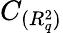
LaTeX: C_{({R_{q}^{2}})}